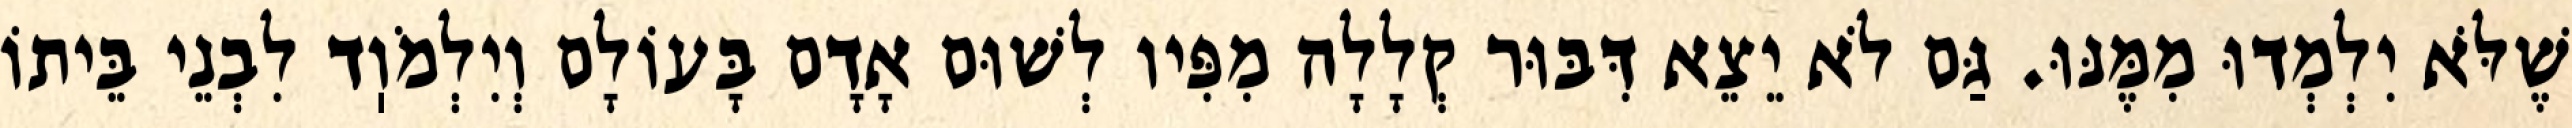
שֶׁלֹּא יִלְמְדוּ מִמֶּנּוּ. גַּם לֹא יֵצֵא דִּבּוּר קְלָלָה מִפִּיו לְשׁוּם אָדָם בָּעוֹלָם וְיִלְמֹוֽד לִבְנֵי בֵּיתוֹ